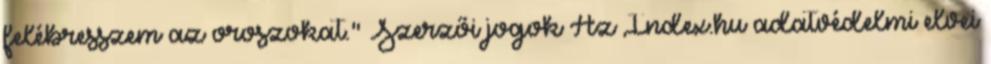
felébresszem az oroszokat." Szerzői jogok Az Index.hu adatvédelmi elvei